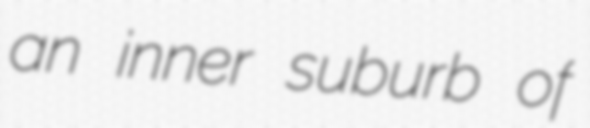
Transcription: an inner suburb of